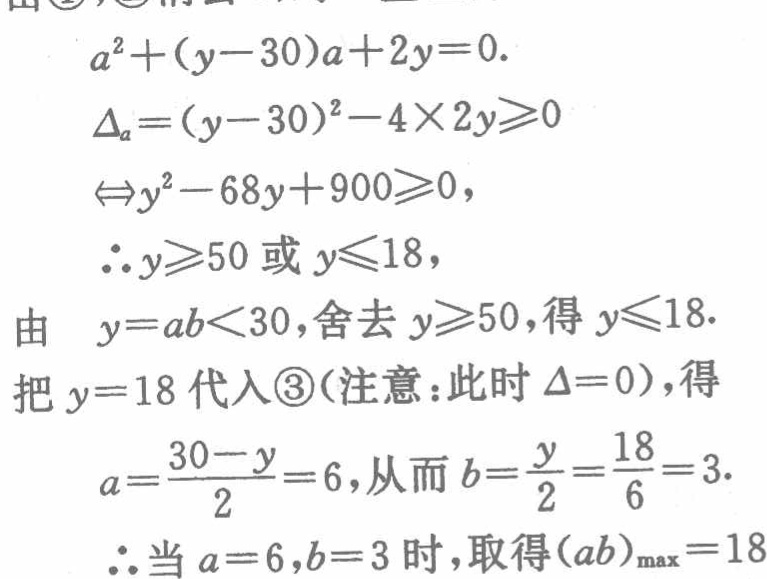
\[

\begin{align*}

&a^{2}+(y - 30)a+2y = 0.\\

&\Delta_{a}=(y - 30)^{2}-4\times2y\geqslant0\\

&\Leftrightarrow y^{2}-68y + 900\geqslant0,\\

&\therefore y\geqslant50\text{ 或 }y\leqslant18,\\

&\text{由 }y = ab\lt30,\text{舍去 }y\geqslant50,\text{得 }y\leqslant18.\\

&\text{把 }y = 18\text{ 代入\textcircled{3}(注意：此时 }\Delta = 0),\text{得}\\

&a=\frac{30 - y}{2}=6,\text{从而 }b=\frac{y}{a}=\frac{18}{6}=3.\\

&\therefore\text{当 }a = 6,b = 3\text{ 时，取得}(ab)_{\max}=18

\end{align*}

\]